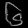
Digit: ၆